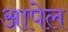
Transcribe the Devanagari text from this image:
आपेल